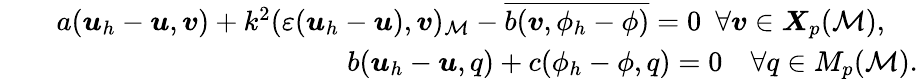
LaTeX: \begin{array}{rlr}&{}&{a(\boldsymbol{u}_{h}-\boldsymbol{u},\boldsymbol{v})+k^{2}(\varepsilon(\boldsymbol{u}_{h}-\boldsymbol{u}),\boldsymbol{v})_{\cal M}-\overline{{b(\boldsymbol{v},\phi_{h}-\phi)}}=0\ \ \forall\boldsymbol{v}\in{\boldsymbol{X}}_{p}({\cal M}),\ \ \ \ }\\ &{}&{b(\boldsymbol{u}_{h}-\boldsymbol{u},q)+c(\phi_{h}-\phi,q)=0\ \ \ \ \forall q\in M_{p}({\cal M}).}\end{array}